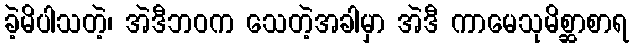
ခဲ့မိပါသတဲ့၊ အဲဒီဘဝက သေတဲ့အခါမှာ အဲဒီ ကာမေသုမိစ္ဆာစာရ